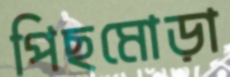
পিছমোড়া